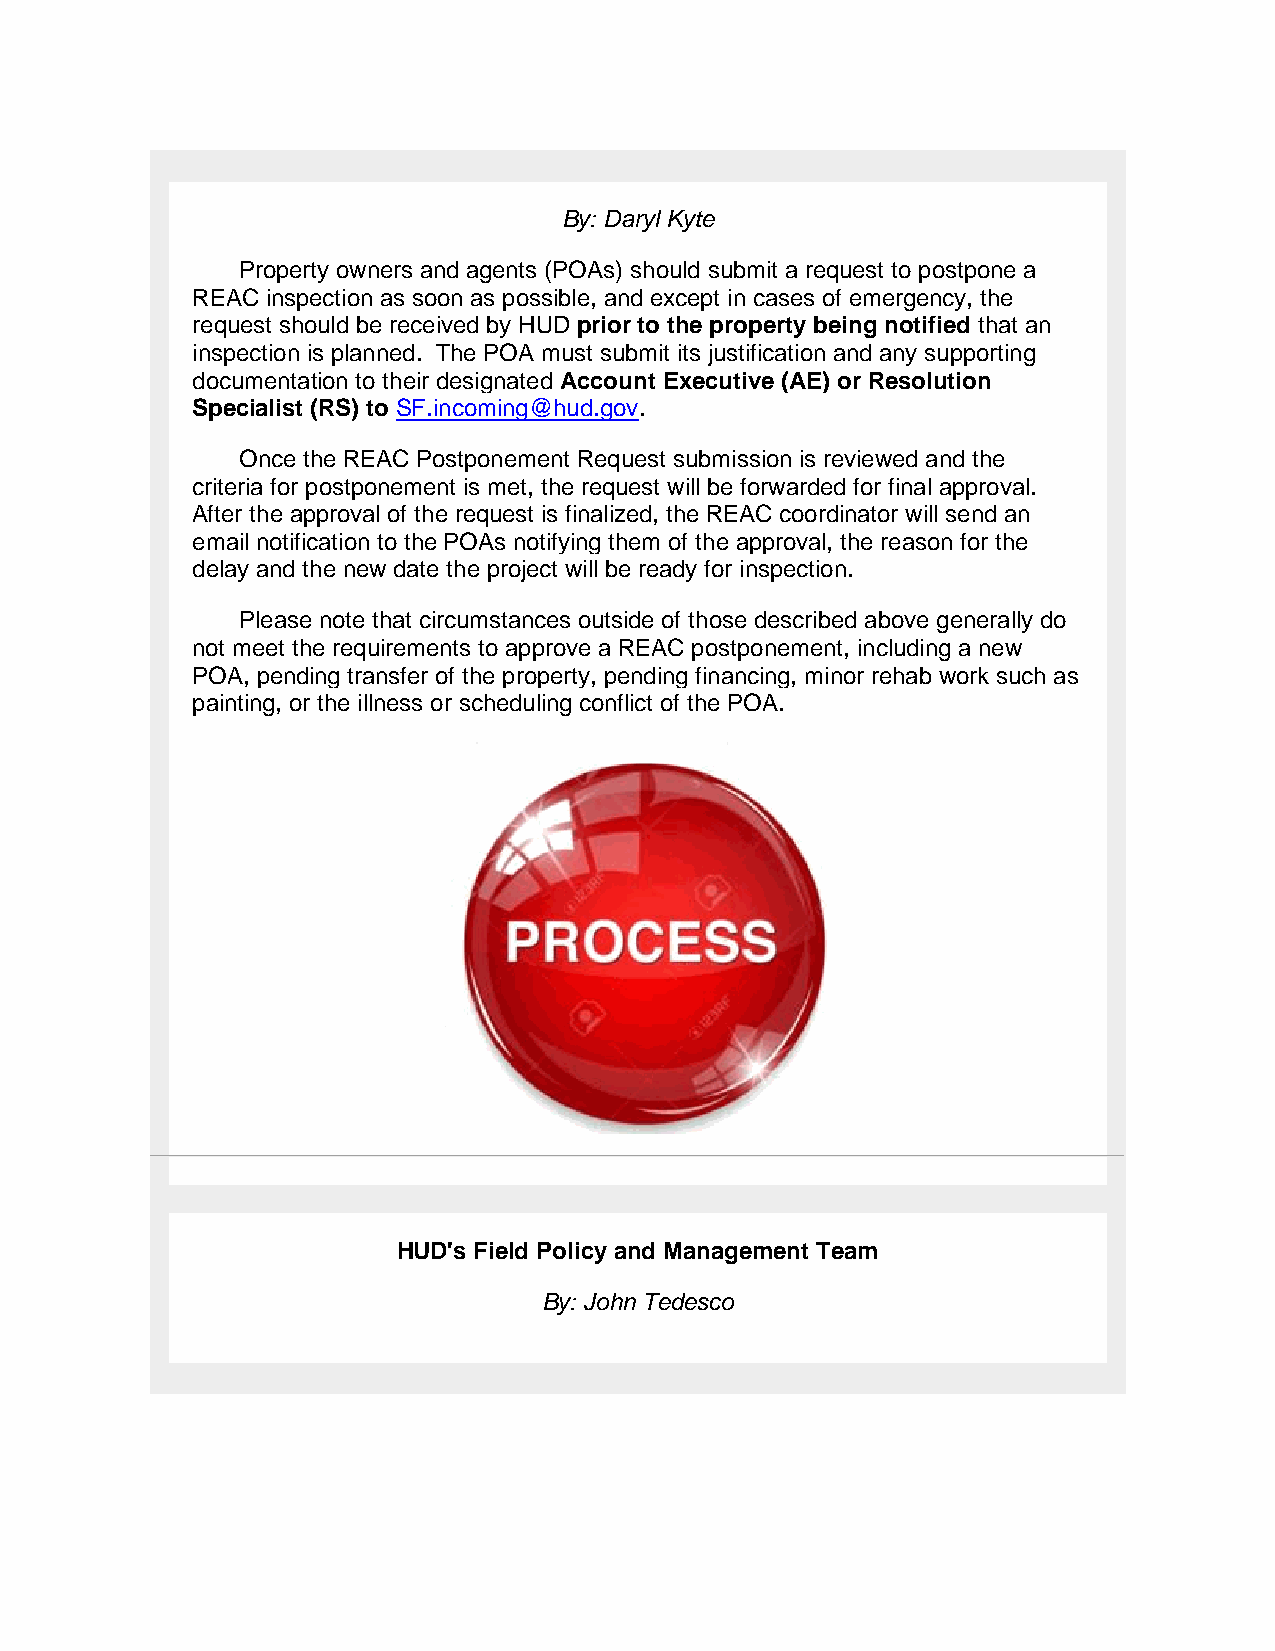
By: Daryl Kyte
 Property owners and agents (POAs) should submit a request to postpone a
 REAC inspection as soon as possible, and except in cases of emergency, the
 request should be received by HUD prior to the property being notified that an
 inspection is planned. The POA must submit its justification and any supporting
 documentation to their designated Account Executive (AE) or Resolution
 Specialist (RS) to SF.incoming@hud.gov.
 Once the REAC Postponement Request submission is reviewed and the
 criteria for postponement is met, the request will be forwarded for final approval.
 After the approval of the request is finalized, the REAC coordinator will send an
 email notification to the POAs notifying them of the approval, the reason for the
 delay and the new date the project will be ready for inspection.
 Please note that circumstances outside of those described above generally do
 not meet the requirements to approve a REAC postponement, including a new
 POA, pending transfer of the property, pending financing, minor rehab work such as
 painting, or the illness or scheduling conflict of the POA.
 HUD's Field Policy and Management Team
 By: John Tedesco